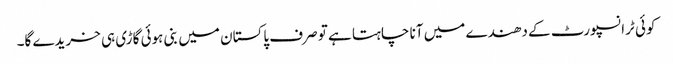
کوئی ٹرانسپورٹ کے دھندے میں آنا چاہتا ہے تو صرف پاکستان میں بنی ہوئی گاڑی ہی خریدے گا۔